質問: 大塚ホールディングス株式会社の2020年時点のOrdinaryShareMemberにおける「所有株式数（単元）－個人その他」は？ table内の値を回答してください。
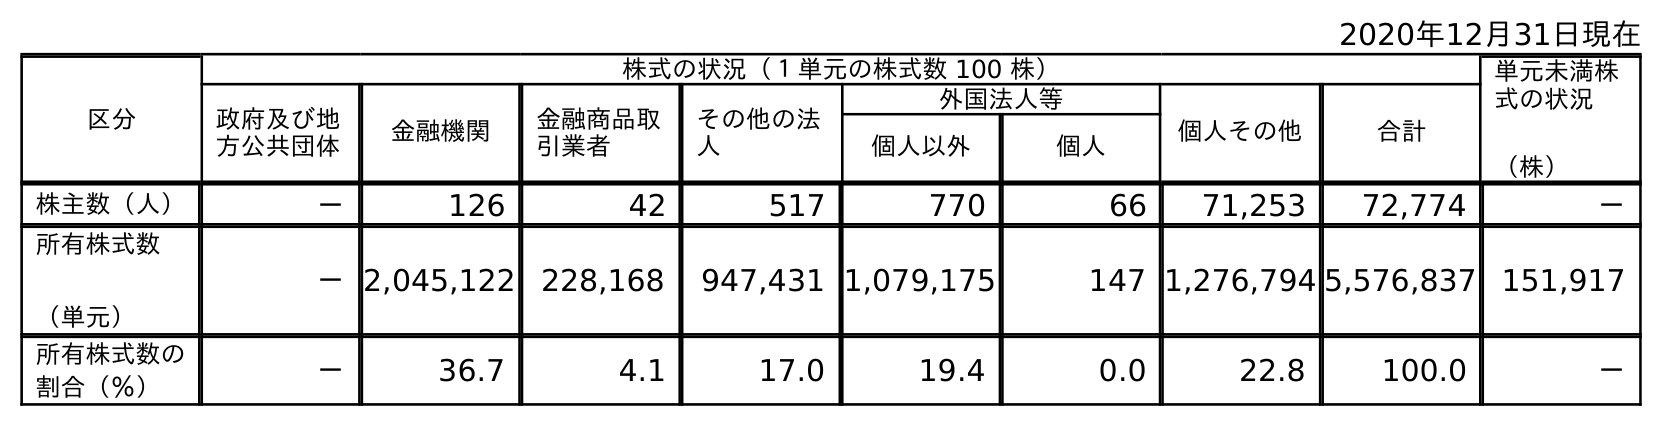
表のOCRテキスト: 2020年12月31日現在 区分 株式の状況（１単元の株式数 100 株） 単元未満株 式の状況 （株） 政府及び地 方公共団体 金融機関 金融商品取 引業者 その他の法 人 外国法人等 個人その他 合計 個人以外 個人 株主数（人） － 126 42 517 770 66 71,253 72,774 － 所有株式数 （単元） －2,045,122 228,168 947,431 1,079,175 147 1,276,794 5,576,837 151,917 所有株式数の 割合（％） － 36.7 4.1 17.0 19.4 0.0 22.8 100.0 －
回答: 1,276,794